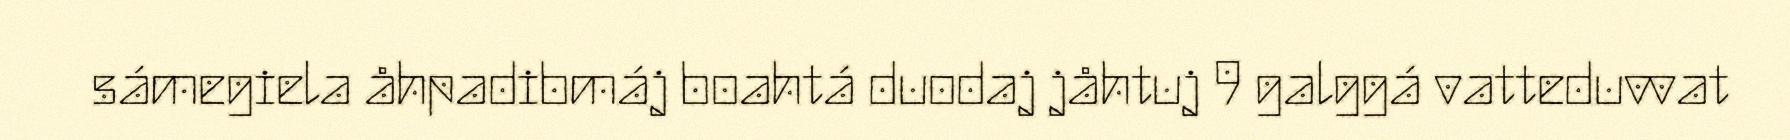
sámegiela åhpadibmáj boahtá duodaj jåhtuj 9 galggá vatteduvvat